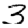
Digit: 3